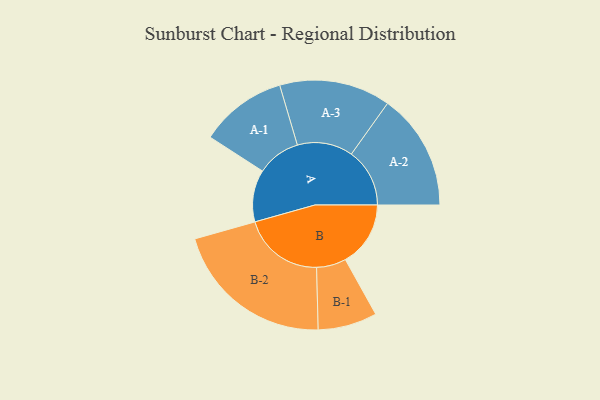
{"axis": {"x": "Segment", "y": "Value"}, "legend": ["", "A", "B"], "data": [{"x": "A", "y": 190, "type": ""}, {"x": "B", "y": 238, "type": ""}, {"x": "A-1", "y": 159, "type": "A"}, {"x": "A-2", "y": 213, "type": "A"}, {"x": "A-3", "y": 203, "type": "A"}, {"x": "B-1", "y": 108, "type": "B"}, {"x": "B-2", "y": 296, "type": "B"}]}